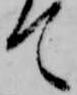
て